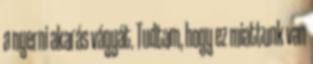
a nyerni akarás vágyát. Tudtam, hogy ez miattunk van